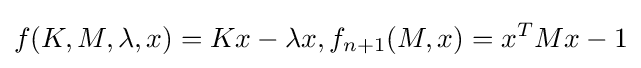
f(K,M,\lambda ,x)=Kx-\lambda x,f_{n+1}(M,x)=x^{T}Mx-1